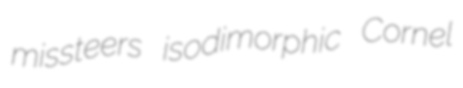
missteers isodimorphic Cornel